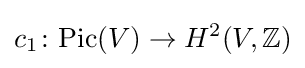
c_{1}\colon \mathrm {Pic} (V)\to H^{2}(V,\mathbb {Z} )